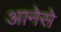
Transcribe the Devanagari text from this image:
आनेसे